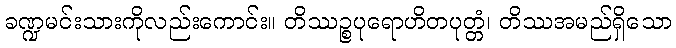
ခဏ္ဍမင်းသားကိုလည်းကောင်း။ တိဿဉ္စပုရောဟိတပုတ္တံ၊ တိဿအမည်ရှိသော